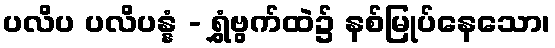
ပလိပ ပလိပန္နံ - ရွှံဗွက်ထဲ၌ နစ်မြုပ်နေသော၊